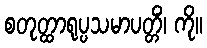
စတုတ္ထာရုပ္ပသမာပတ္တိံ၊ ကို။